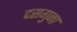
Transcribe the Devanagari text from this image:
दसगुना